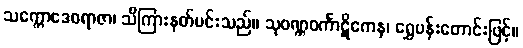
သက္ကောဒေဝရာဇာ၊ သိကြားနတ်မင်းသည်။ သုဝဏ္ဏဝင်္ကာဋိကေန၊ ရွှေပန်းတောင်းဖြင့်။